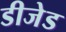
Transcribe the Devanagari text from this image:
डीजेड